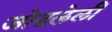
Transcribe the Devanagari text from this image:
जोडलेलीं